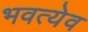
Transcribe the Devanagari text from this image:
भवत्येव